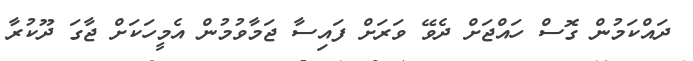
ދައްކަމުން ގޮސް ހައްޖަށް ދެވޭ ވަރަށް ފައިސާ ޖަމާވުމުން އެމީހަކަށް ޖާގަ ދޫކުރާ